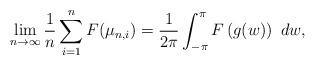
LaTeX: \begin{align*}\lim_{n\rightarrow\infty}\frac{1}{n}\sum_{i = 1}^n F(\mu_{n,i}) = \frac{1}{2\pi}\int_{-\pi}^{\pi} F\left(g(w)\right)~dw,\end{align*}